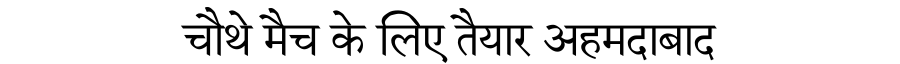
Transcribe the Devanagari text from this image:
चौथे मैच के लिए तैयार अहमदाबाद